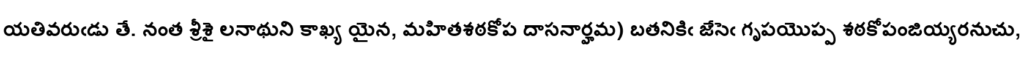
యతివరుఁడు తే. నంత శ్రీశై లనాథుని కాఖ్య యైన, మహితశఠకోప దాసనార్హమ) బతనికిఁ జేసెఁ గృపయొప్ప శఠకోపంజియ్యరనుచు,